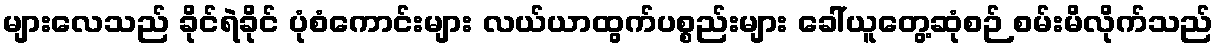
များလေသည် ခိုင်ရဲခိုင် ပုံစံကောင်းများ လယ်ယာထွက်ပစ္စည်းများ ခေါ်ယူတွေ့ဆုံစဉ် စမ်းမိလိုက်သည်